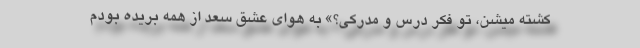
کشته میشن، تو فکر درس و مدرکی؟» به‌ هوای عشق سعد از همه بریده بودم